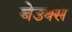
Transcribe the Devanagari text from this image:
बेउक्स